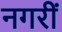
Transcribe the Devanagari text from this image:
नगरीं